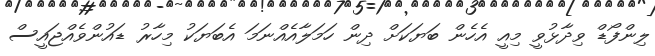
ލިންފޯޑް ވިދާޅުވީ މިއީ އެހެން ބަޔަކަށް ދިން ހަމަލާއެއްނަމަ އެބަޔަކު މިހާރު ޑައުންވެއްޖައީސް